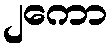
၂ကော